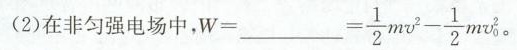
(2)在非匀强电场中，w=___= \frac{1}{2}mv^{2}- \frac{1}{2}mv_{0}^{2}